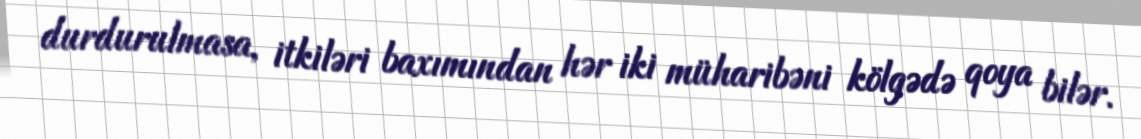
durdurulmasa, itkiləri baxımından hər iki müharibəni kölgədə qoya bilər.